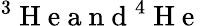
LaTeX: ^3\mathrm{~H~e~a~n~d~}^{4}\mathrm{~H~e~}